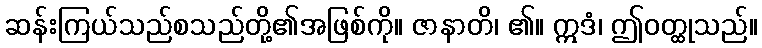
ဆန်းကြယ်သည်စသည်တို့၏အဖြစ်ကို။ ဇာနာတိ၊ ၏။ ဣဒံ၊ ဤဝတ္ထုသည်။